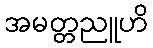
အမတ္တညူဟိ